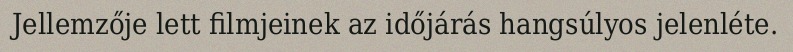
Jellemzője lett filmjeinek az időjárás hangsúlyos jelenléte.